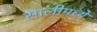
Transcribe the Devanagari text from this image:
सालीमध्ये